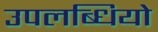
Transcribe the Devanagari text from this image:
उपलब्धियो